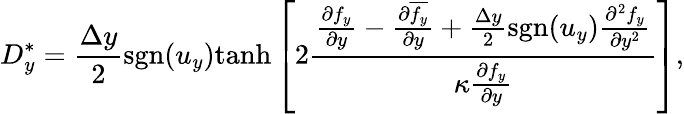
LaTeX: D_{y}^{\ast}=\frac{\Delta y}{2}\mathrm{sgn}(u_{y})\mathrm{tanh}\left[2\frac{\frac{\partial f_{y}}{\partial y}-\frac{\partial\overline{{f_{y}}}}{\partial y}+\frac{\Delta y}{2}\mathrm{sgn}(u_{y})\frac{\partial^{2}f_{y}}{\partial y^{2}}}{\kappa\frac{\partial{f_{y}}}{\partial y}}\right],